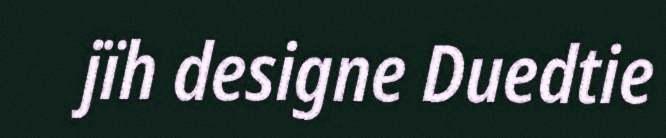
jïh designe Duedtie